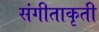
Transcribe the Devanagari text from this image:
संगीताकृती